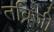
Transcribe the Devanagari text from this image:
तब्रिजी